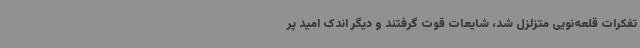
تفکرات قلعه‌نویی متزلزل شد، شایعات قوت گرفتند و دیگر اندک امید پر